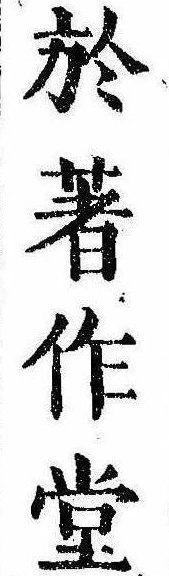
於著作堂